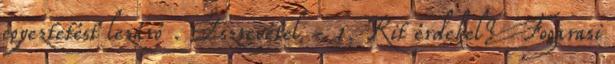
egyeztetést lezáró . Észrevétel - 1. Kit érdekel? Fogarasi